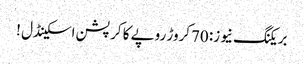
بریکنگ نیوز: 70کروڑ روپے کا کرپشن اسکینڈل !